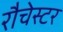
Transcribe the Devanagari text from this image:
रौचेस्टर